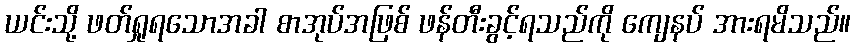
ယင်းသို့ ဖတ်ရှုရသောအခါ စာအုပ်အဖြစ် ဖန်တီးခွင့်ရသည်ကို ကျေနပ် အားရမိသည်။